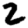
Digit: 2